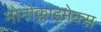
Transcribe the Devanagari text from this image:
मोनोक्लाइमेक्स